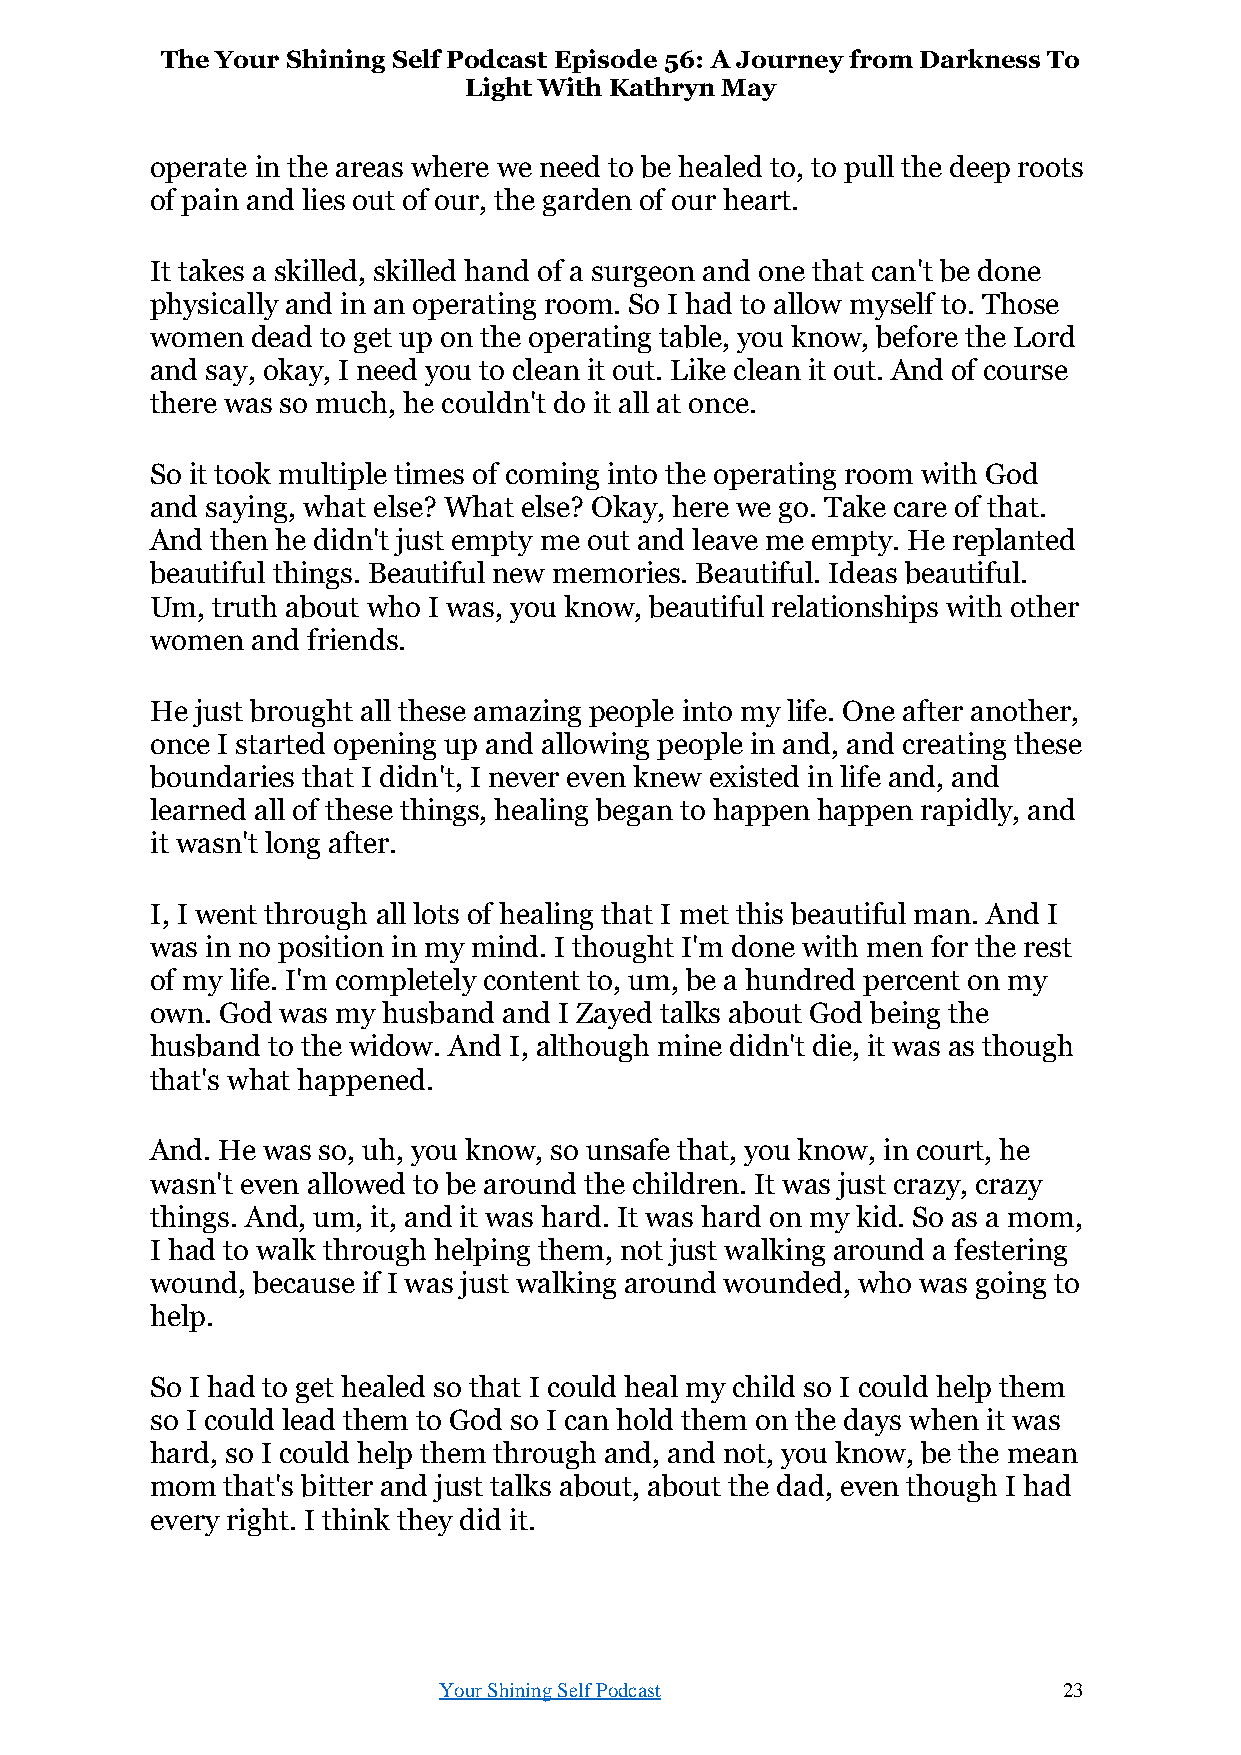
The Your Shining Self Podcast Episode 56: A Journey from Darkness To
 Light With Kathryn May
 operate in the areas where we need to be healed to, to pull the deep roots
 of pain and lies out of our, the garden of our heart.
 It takes a skilled, skilled hand of a surgeon and one that can't be done
 physically and in an operating room. So I had to allow myself to. Those
 women  dead to get up on the operating table, you know, before the Lord
 and say, okay, I need you to clean it out. Like clean it out. And of course
 there was so much, he couldn't do it all at once.
 So it took multiple times of coming into the operating room with God
 and saying, what else? What else? Okay, here we go. Take care of that.
 And then he didn't just empty me out and leave me empty. He replanted
 beautiful things. Beautiful new memories. Beautiful. Ideas beautiful.
 Um, truth about who I was, you know, beautiful relationships with other
 women  and friends.
 He just brought all these amazing people into my life. One after another,
 once I started opening up and allowing people in and, and creating these
 boundaries that I didn't, I never even knew existed in life and, and
 learned all of these things, healing began to happen happen rapidly, and
 it wasn't long after.
 I, I went through all lots of healing that I met this beautiful man. And I
 was in no position in my mind. I thought I'm done with men for the rest
 of my life. I'm completely content to, um, be a hundred percent on my
 own. God was my husband and I Zayed talks about God being the
 husband to the widow. And I, although mine didn't die, it was as though
 that's what happened.
 And. He was so, uh, you know, so unsafe that, you know, in court, he
 wasn't even allowed to be around the children. It was just crazy, crazy
 things. And, um, it, and it was hard. It was hard on my kid. So as a mom,
 I had to walk through helping them, not just walking around a festering
 wound, because if I was just walking around wounded, who was going to
 help.
 So I had to get healed so that I could heal my child so I could help them
 so I could lead them to God so I can hold them on the days when it was
 hard, so I could help them through and, and not, you know, be the mean
 mom  that's bitter and just talks about, about the dad, even though I had
 every right. I think they did it.
 Your Shining Self Podcast                23